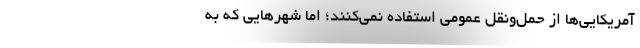
آمریکایی‌ها از حمل‌ونقل عمومی استفاده نمی‌کنند؛ اما شهرهایی که به